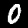
Digit: 0